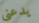
يدعني